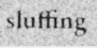
sluffing